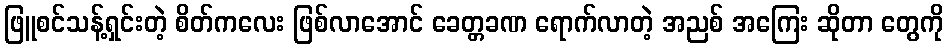
ဖြူစင်သန့်ရှင်းတဲ့ စိတ်ကလေး ဖြစ်လာအောင် ခေတ္တခဏ ရောက်လာတဲ့ အညစ် အကြေး ဆိုတာ တွေကို